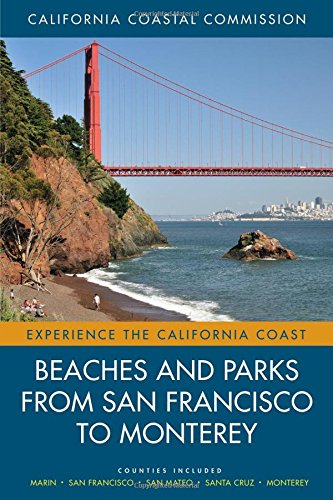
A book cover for Beaches and Parks from San Francisco to Monterey: Counties Included: Marin, San Francisco, San Mateo, Santa Cruz, Monterey (Experience the California Coast); California Coastal Commis; Travel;